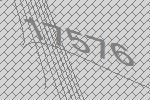
17576